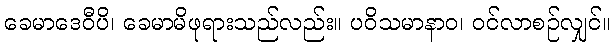
ခေမာဒေဝီပိ၊ ခေမာမိဖုရားသည်လည်း။ ပဝိသမာနာဝ၊ ဝင်လာစဉ်လျှင်။